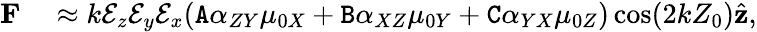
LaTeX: \begin{array}{rl}{\mathbf{F}}&{{}\approx k\mathcal{E}_{z}\mathcal{E}_{y}\mathcal{E}_{x}(\mathtt{A}\alpha_{ZY}\mu_{0X}+\mathtt{B}\alpha_{XZ}\mu_{0Y}+\mathtt{C}\alpha_{YX}\mu_{0Z})\cos(2kZ_{0})\hat{\mathbf{z}},}\end{array}